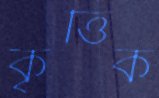
কৃত্তিক